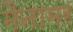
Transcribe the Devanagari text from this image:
मैनामर